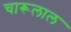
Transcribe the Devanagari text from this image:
चारूलाल